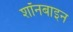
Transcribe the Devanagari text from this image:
शॉनबाइन